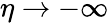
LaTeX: \eta\to-\infty